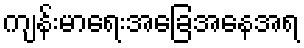
ကျန်းမာရေးအခြေအနေအရ